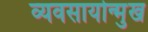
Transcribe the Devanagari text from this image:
व्यवसायोन्मुख